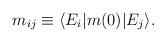
LaTeX: \begin{align*}m_{ij} \equiv\langle E_i | m(0) |E_j \rangle.\end{align*}